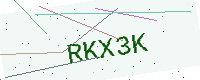
Text: RKX3K